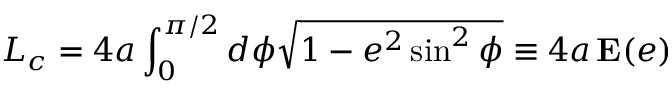
L _ { c } = 4 a \int _ { 0 } ^ { \pi / 2 } d \phi \sqrt { 1 - e ^ { 2 } \sin ^ { 2 } \phi } \equiv 4 a \, \mathbf { E } ( e )